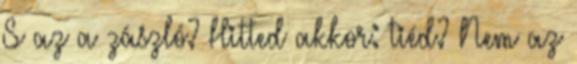
S az a zászló? Hitted akkor: tiéd? Nem az